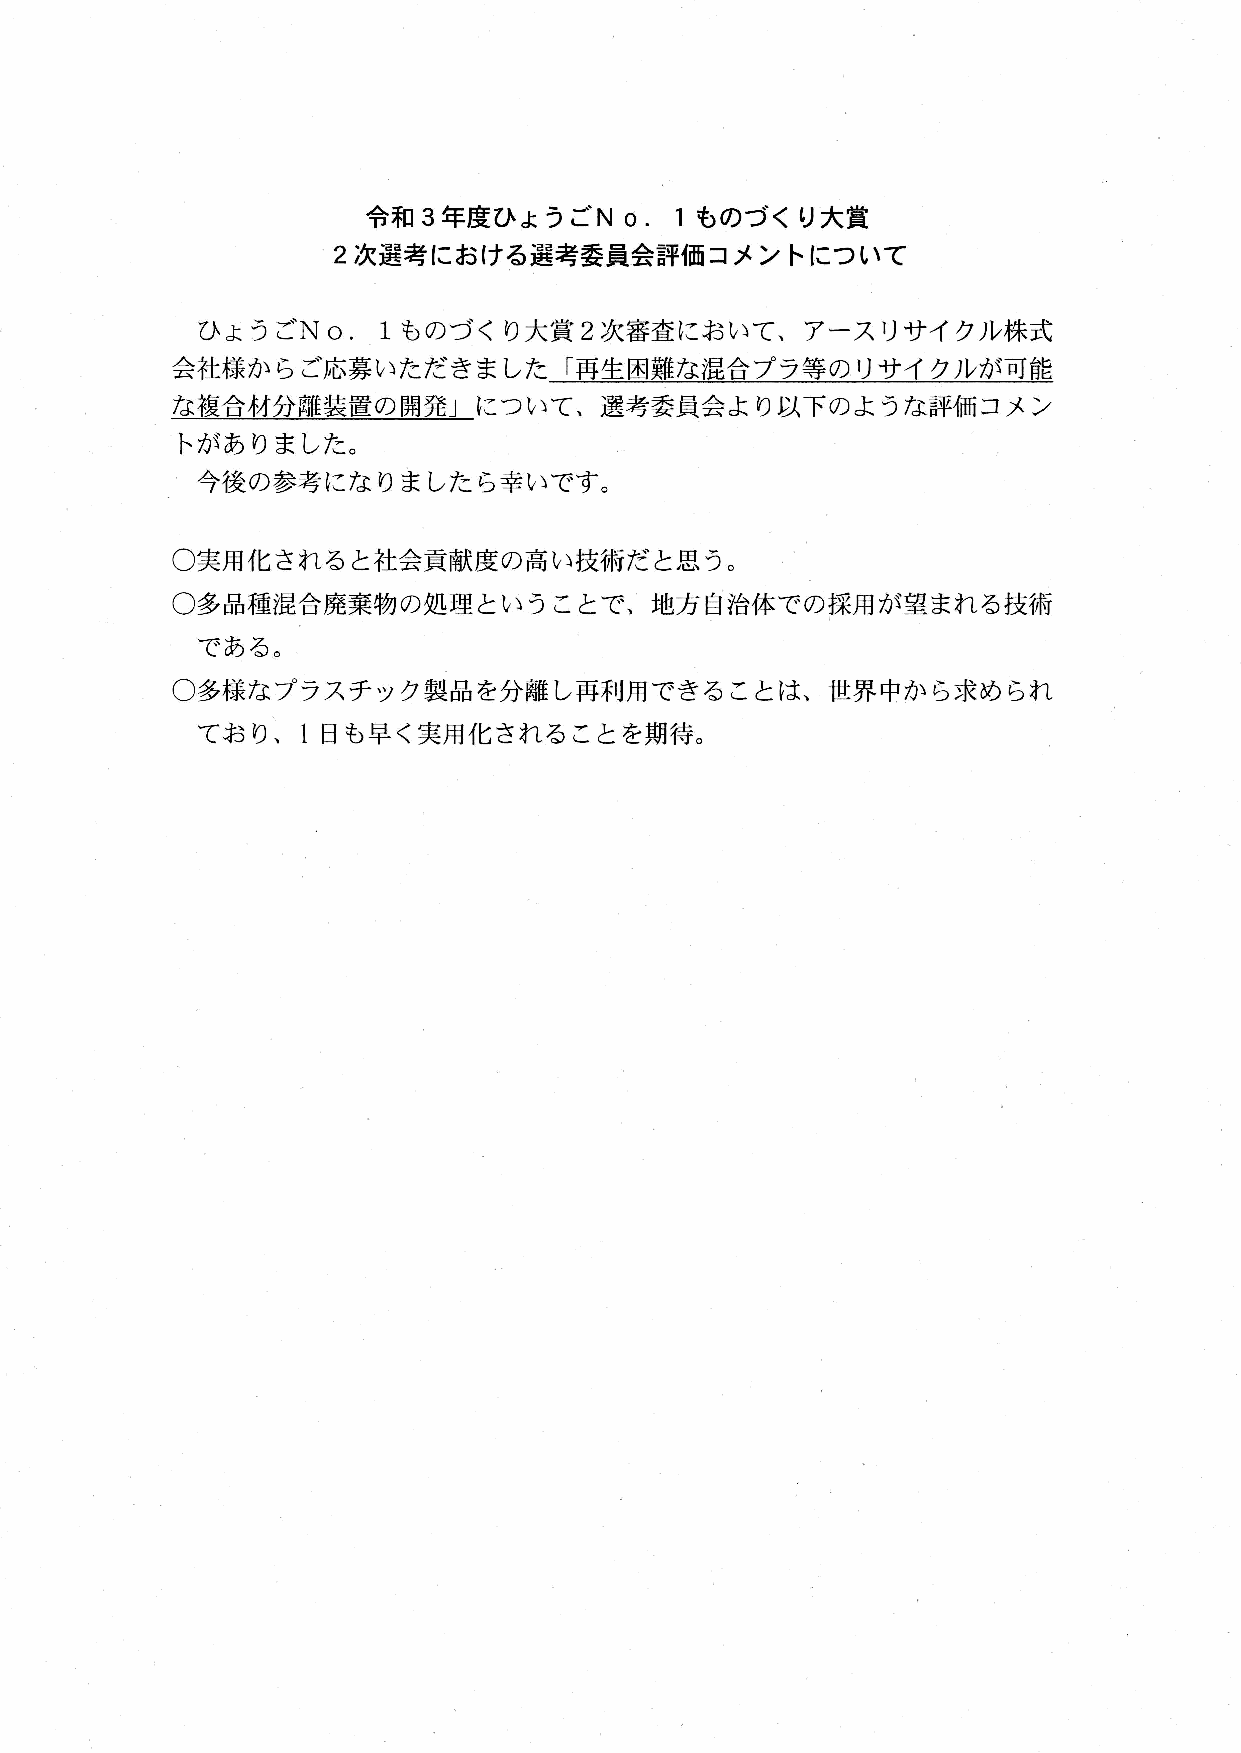
No.1も
 令和3年度ひょうご               のづくり大賞
 2次選考における選考委員会評価コメントについて
 No.1も
 ひょうご           のづくり大賞    2次審査において、アースリサイクル株式
 会社様からご応募いただきました           「 再生困難な混合プラ等のリサイクルが可能
 な複合材分離装置の開発」について、選考委員会より以下のような評価コメン
 トがありました。
 今後の参考になりましたら幸いです。
 ○実用化されると社会貢献度の高い技術だと思う。
 ○多品種混合廃棄物の処理ということで、地方自治体での採用が望まれる技術
 である。
 ○多様なプラスチック製品を分離し再利用できることは、世界中から求められ
 ており、1日    も早く実用化されることを期待。